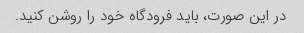
در این صورت، باید فرودگاه خود را روشن کنید.